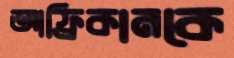
আফ্রিকানকে